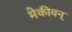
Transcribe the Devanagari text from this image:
मेकीवन्